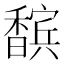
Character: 𮹀